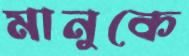
মানুকে